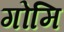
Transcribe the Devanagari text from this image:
गोमि